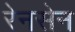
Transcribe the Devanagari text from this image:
रेनसेन